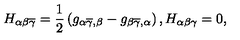
H _ { \alpha \beta \overline { { \gamma } } } = \frac { 1 } { 2 } \left( g _ { \alpha \overline { { \gamma } } , \beta } - g _ { \beta \overline { { \gamma } } , \alpha } \right) , H _ { \alpha \beta \gamma } = 0 ,